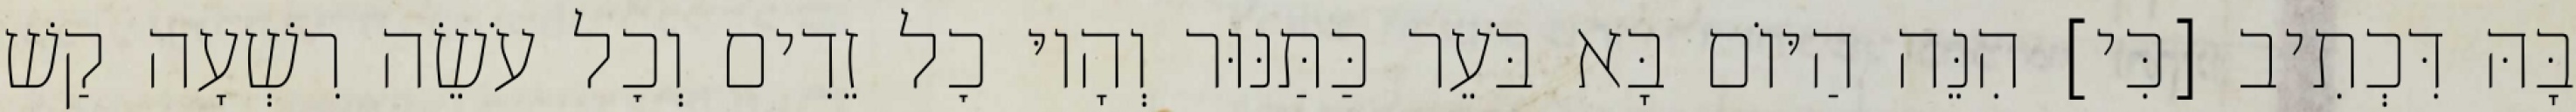
בָּהּ דִּכְתִיב [כִּי] הִנֵּה הַיּוֹם בָּא בֹּעֵר כַּתַּנּוּר וְהָיוּ כׇל זֵדִים וְכׇל עֹשֵׂה רִשְׁעָה קַשׁ